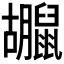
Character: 𪕮